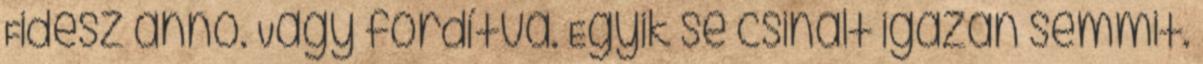
Fidesz anno. Vagy fordítva. Egyik se csinált igazán semmit.